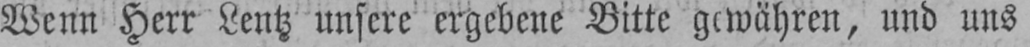
und uns